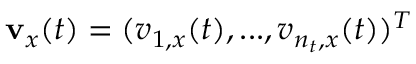
\mathbf v _ { x } ( t ) = ( v _ { 1 , x } ( t ) , . . . , v _ { n _ { t } , x } ( t ) ) ^ { T }